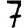
Digit: 7